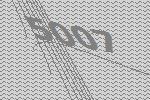
5007